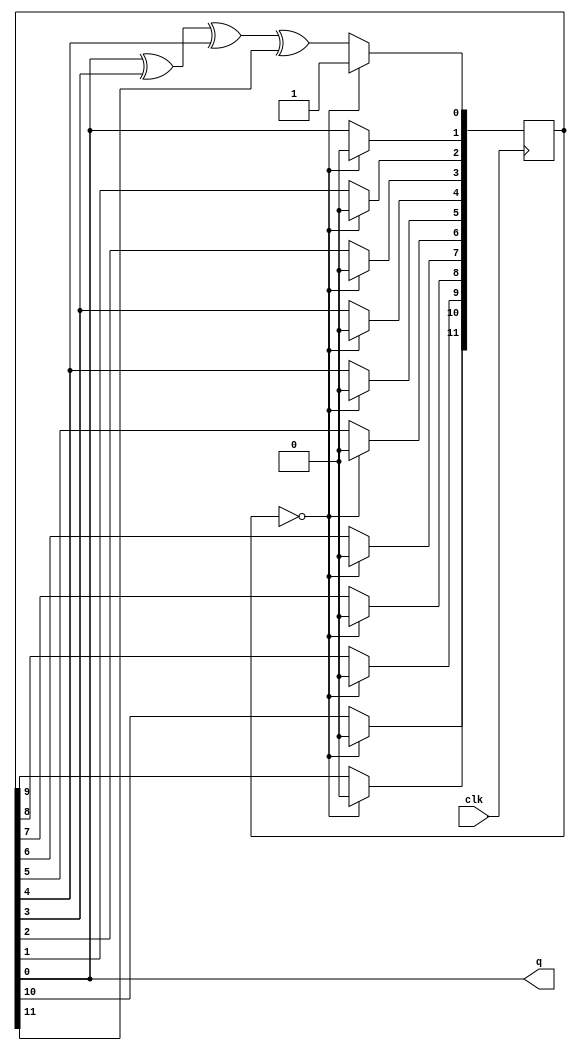
`timescale 1ns / 1ps
//////////////////////////////////////////////////////////////////////////////////
// Company: 
// Engineer: 
// 
// Design Name: 
// Module Name:    signal_m 
// Project Name: 
// Target Devices: 
// Tool versions: 
// Description: 
//
// Dependencies: 
//
// Revision: 
// Revision 0.01 - File Created
// Additional Comments: 
//
//////////////////////////////////////////////////////////////////////////////////
module noise_m(clk,q
    );
	 
input clk;
output  q;

reg [11:0] LFSR =0;
always@(posedge clk) begin
	if(LFSR == 12'b0)
		LFSR<=12'b000000001;
	else  begin
		LFSR[1]<=LFSR[0];
		LFSR[2]<=LFSR[1];
		LFSR[3]<=LFSR[2];
		LFSR[4]<=LFSR[3];
        	LFSR[5]<=LFSR[4];
	        LFSR[6]<=LFSR[5];
        	LFSR[7]<=LFSR[6];
       		LFSR[8]<=LFSR[7];
		LFSR[9]<=LFSR[8];
		LFSR[10]<=LFSR[9];
		LFSR[11]<=LFSR[10];
		LFSR[0]<=LFSR[0]^LFSR[3]^LFSR[4]^LFSR[11];
	end
end

assign q=LFSR[0];

endmodule